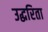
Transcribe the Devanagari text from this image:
उद्धरिता